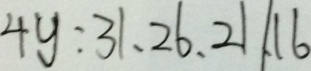
4 y : 3 1 、 2 6 、 2 1 / 、 1 6